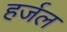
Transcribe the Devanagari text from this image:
हर्जल